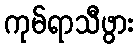
ကုမ်ရာသီဖွား